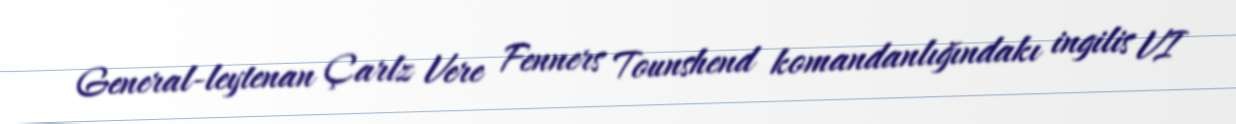
General-leytenan Çarlz Vere Fenners Tounshend komandanlığındakı ingilis VI